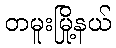
တမူးမြို့နယ်